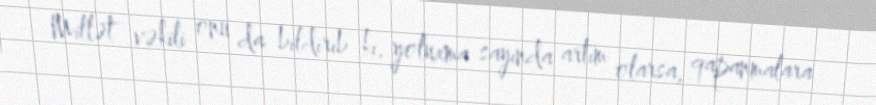
Millət vəkili onu da bildirib ki, yoluxma sayında artım olarsa, qapanmalara